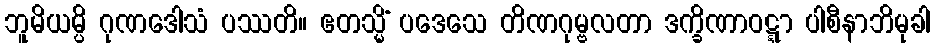
ဘူမိယမ္ပိ ဂုဏဒေါသံ ပဿတိ။ ဧတသ္မိံ ပဒေသေ တိဏဂုမ္ဗလတာ ဒက္ခိဏာဝဋ္ဋာ ပါစီနာဘိမုခါ